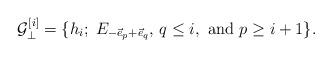
LaTeX: \begin{align*}{\cal G}_{\bot}^{[i]} =\{ h_i; \; E_{-\vec e_p+\vec e_q},\, q\leq i,\mbox{ and } p\geq i+1 \}. \end{align*}